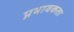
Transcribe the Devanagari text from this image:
प्रभावकता